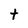
Character: t